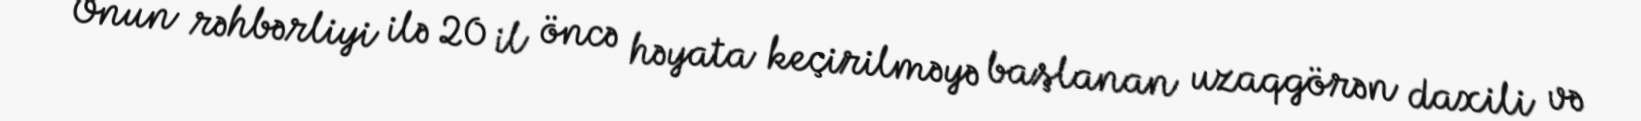
Onun rəhbərliyi ilə 20 il öncə həyata keçirilməyə başlanan uzaqgörən daxili və